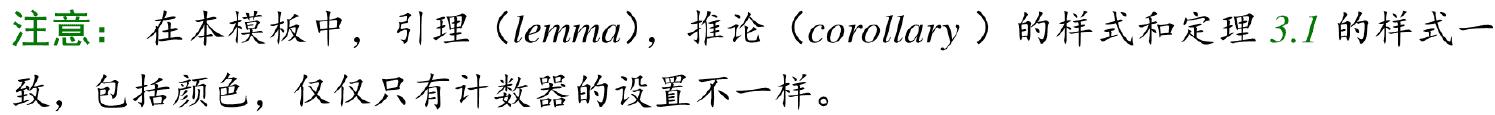
注意：在本模板中，引理（lemma），推论（corollary ）的样式和定理 3.1 的样式一致，包括颜色，仅仅只有计数器的设置不一样。